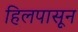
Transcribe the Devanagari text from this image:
हिलपासून